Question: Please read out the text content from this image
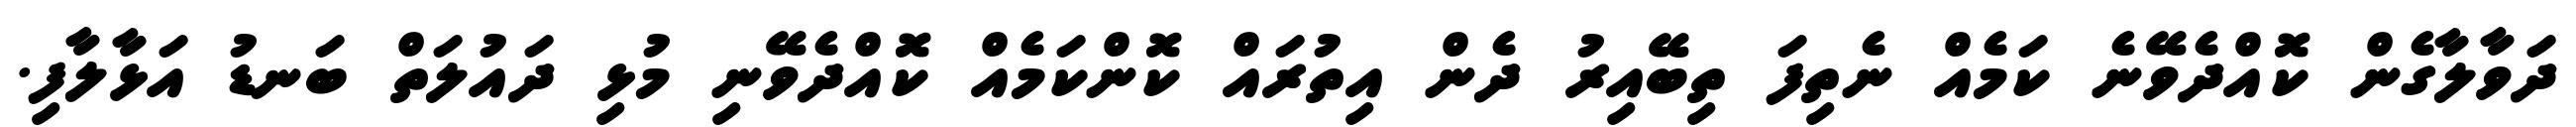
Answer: ދަވާލާގެން ކޮއްދެވޭނެ ކަމެއް ނެތިފަ ތިބޭއިރު ދެން އިތުރައް ކޮންކަމެއް ކޮއްދެވޭނި މުޅި ދައުލަތް ބަނޑު އަޅާލާފި.